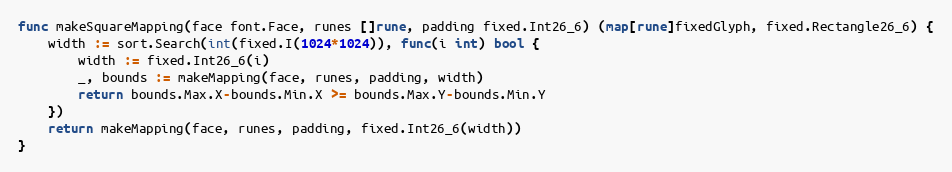
Language: Go
func makeSquareMapping(face font.Face, runes []rune, padding fixed.Int26_6) (map[rune]fixedGlyph, fixed.Rectangle26_6) {
	width := sort.Search(int(fixed.I(1024*1024)), func(i int) bool {
		width := fixed.Int26_6(i)
		_, bounds := makeMapping(face, runes, padding, width)
		return bounds.Max.X-bounds.Min.X >= bounds.Max.Y-bounds.Min.Y
	})
	return makeMapping(face, runes, padding, fixed.Int26_6(width))
}